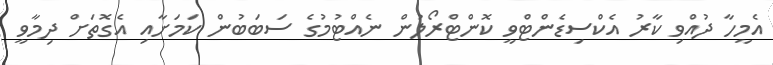
އެމީހާ ދުއްވި ކާރު އެކްސިޑެންޓްވީ ކޮންޓްރޯލުން ނެއްޓުމުގެ ސަބަބުން ކަމަށާއި އެގޮތަށް ދިމާވީ